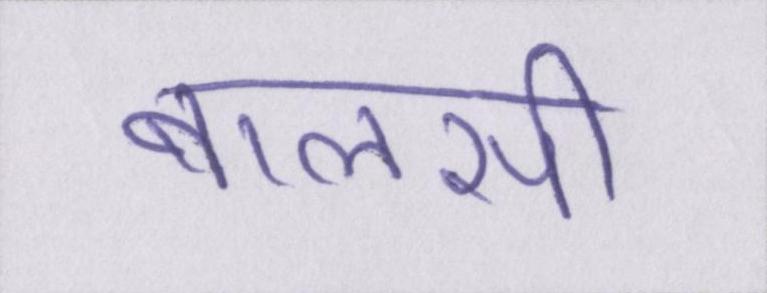
बालसी